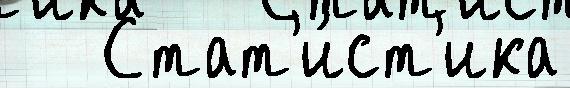
   Стат'и́ст'ика